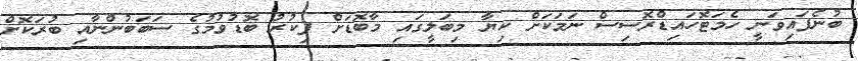
ބުނެފައިވަނީ ހެމަޓޮހައިޑްރޮސިސް ނަމަކަށް ކިޔާ މިބަލީގައި މާބޮޑަށް ފިކުރު ބޮޑުވުމުގެ ސަބަބުންނާއި ބުރަކޮށް